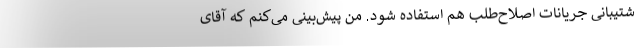
شتیبانی جریانات اصلاح‌طلب هم استفاده شود. من پیش‌بینی می‌کنم که آقای